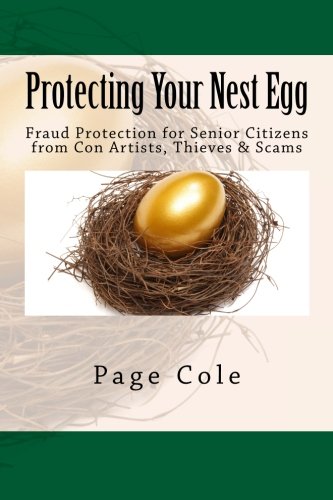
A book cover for Protecting Your Nest Egg: Fraud Protection for Senior Citizens from Con Artists, Thieves & Scams; Page Cole; Law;